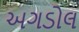
અગડોલ